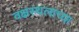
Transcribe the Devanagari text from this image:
वक्षस्थलाच्या